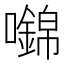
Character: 𡄎